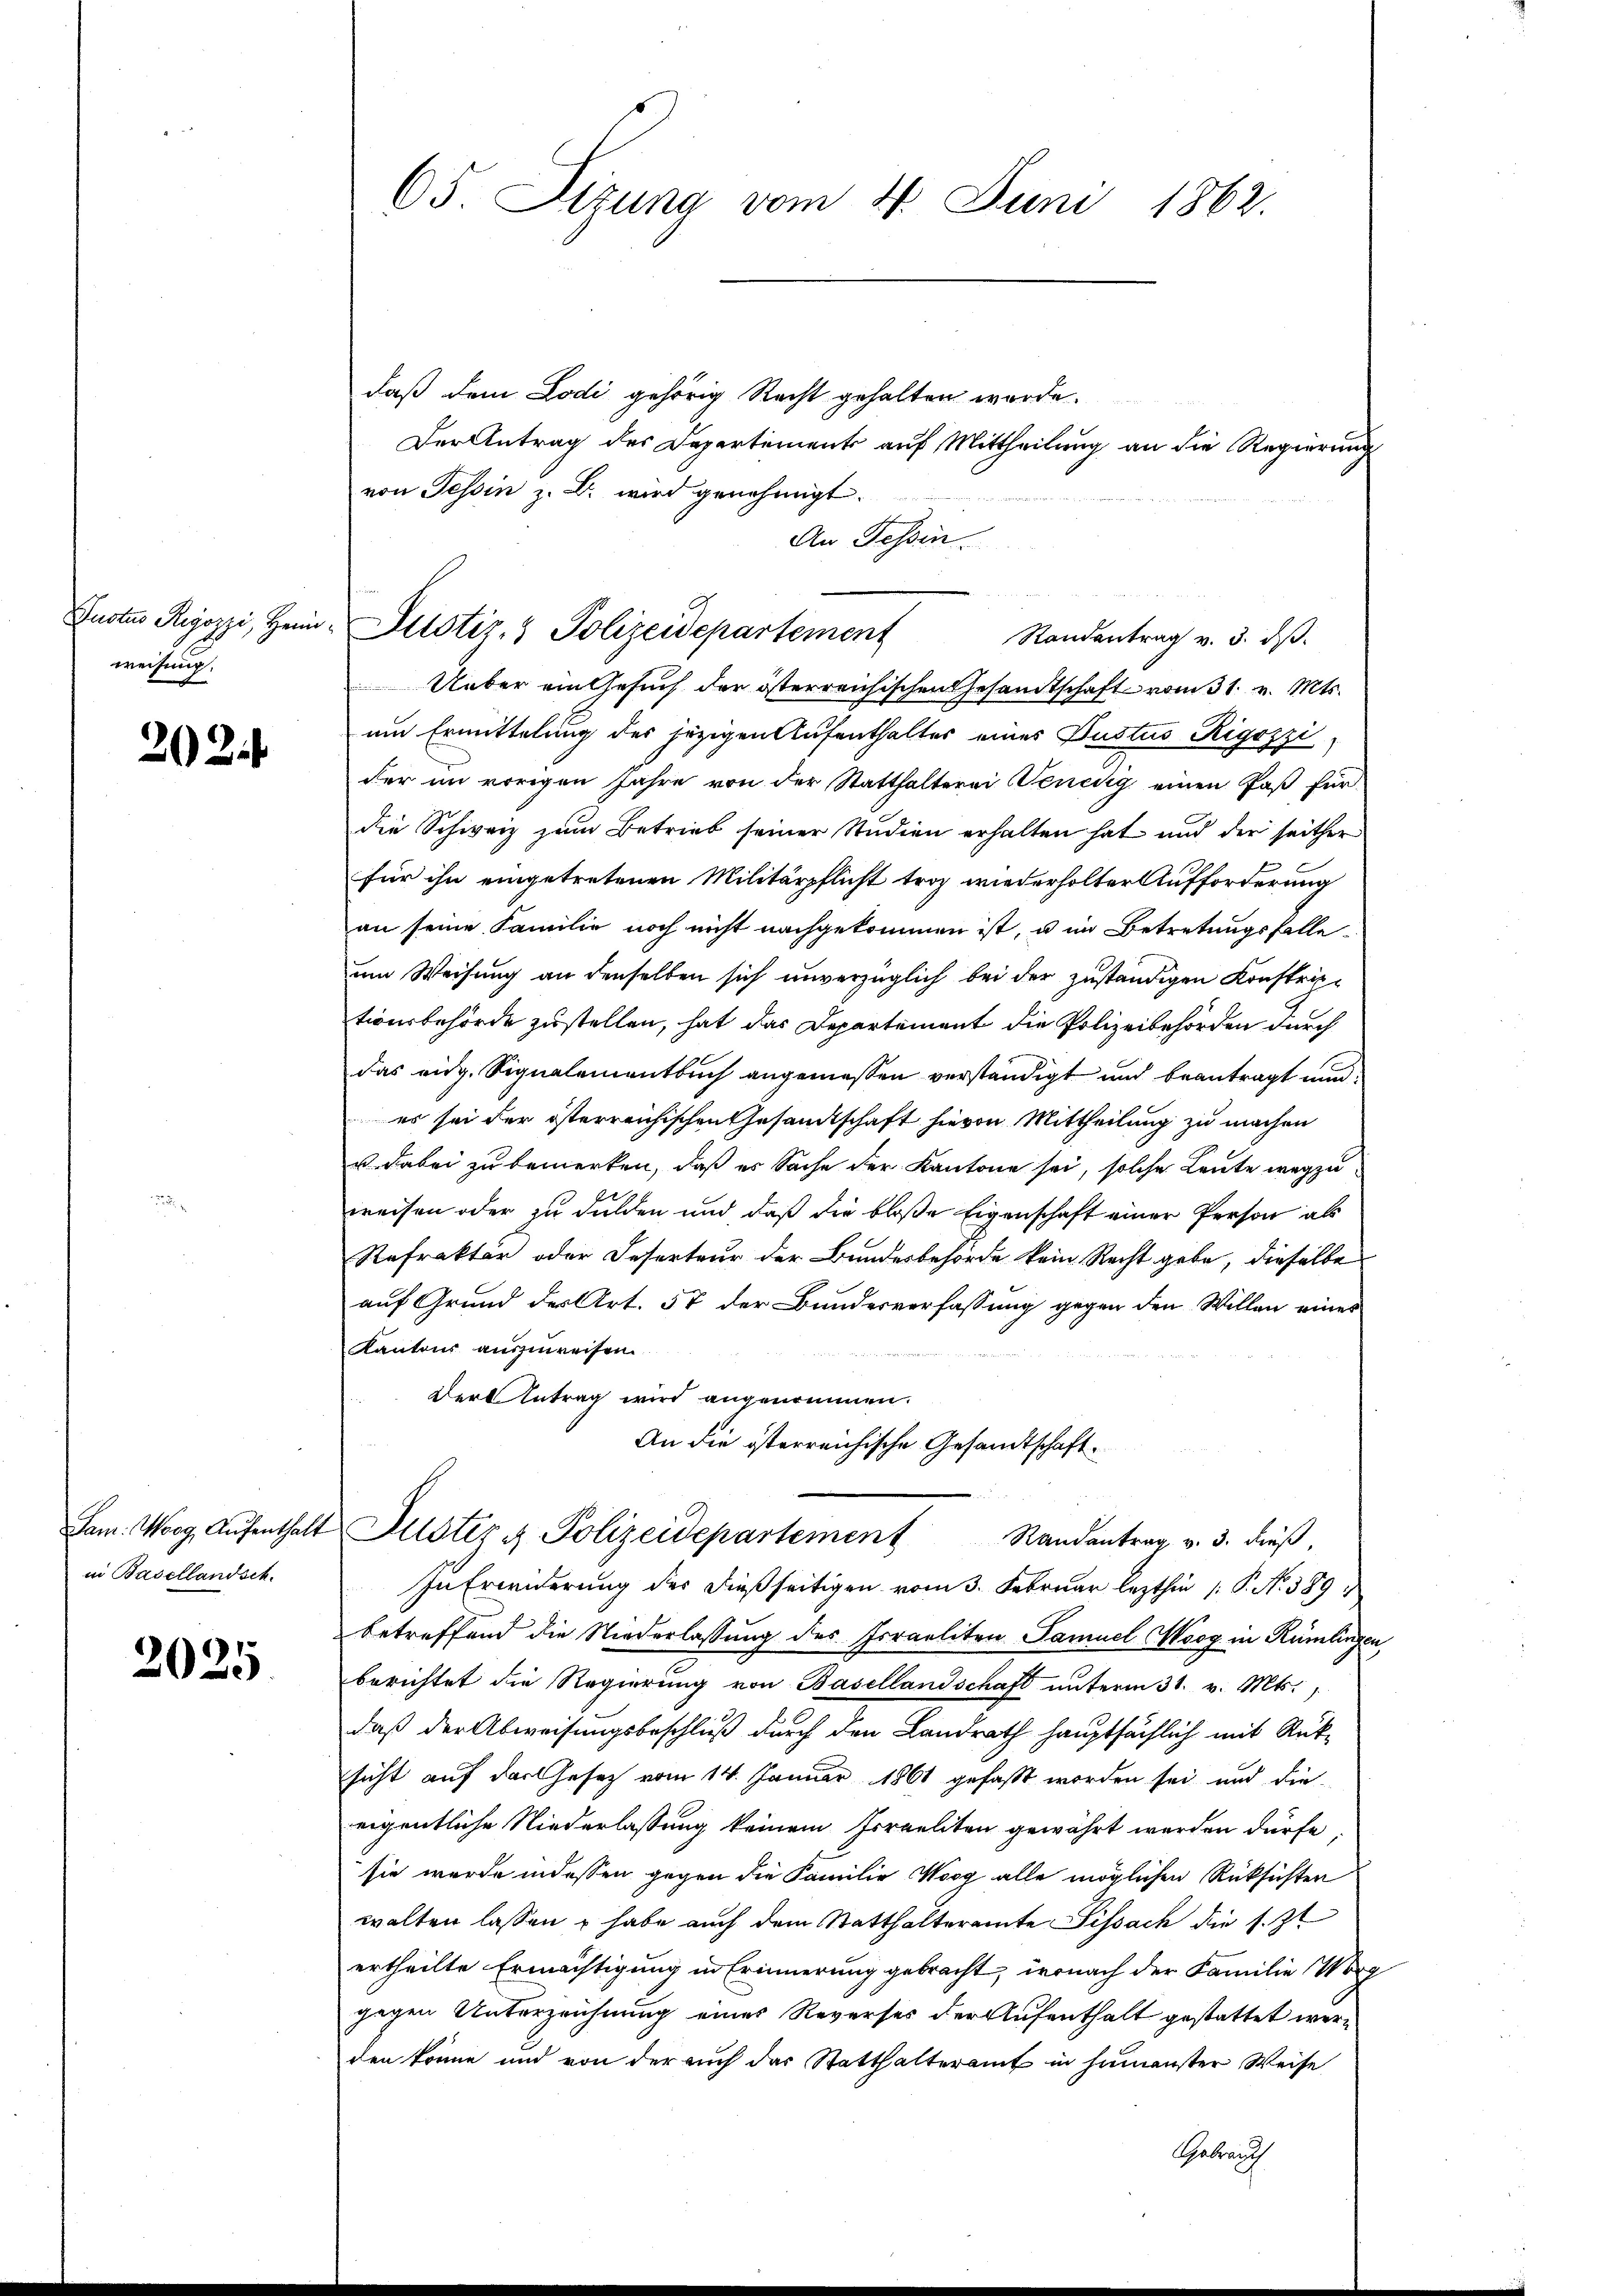
Suctus Regozzi, Heim
weisung,

202

Jam: Werg, Aufenthalt
in Basellandsch

2025

65. Sizung vom 4. Juni 1862.

daß dem Lodi gehörig Recht gehalten wurde.
Der Antrag des Departements auf Mittheilung an die Regierung
von Tessin z. B. wird genehmigt.
An Tessin.
Randentrag v. 3. dβ.
Ueber ein Gesuch der österreichischen Gesandtschaft vom 31. v. Mts.
um Ermittelung des jezigen Aufenthalter eines Justus Rigozzi
der im vorigen Jahre von der Statthalterei Venedig einen Paß für
die Schweiz zum Betrieb seiner Studien erhalten hat und der seither
für ihn eingetretenen Militärpflicht troz wiederholter Aufforderung
an seine Familie noch nicht nachgekommen ist, u im Betretungsfalle
um Weisung an denselben sich unverzüglich bei der zuständigen Konstriptionsbehörde zustellen, hat das Departement die Polizeibehörden durch
das eidg. Signalementbuch angemessen verständigt und beantragt und
es sei der österreichischen Gesandtschaft hievon Mittheilung zu machen
u dabei zu bemerken, daß es Sache der Kantone sei, solche Leute wegzuweisen oder zu dulden und daß die bloße Eigenschaft einer Person als
Refrakter oder Deserteur der Bundesbehörde kein Recht gebe, dieselbe
auf Grund der Art. 57 der Bundesverfassung gegen den Willen eines
Kantons auszuweisen
Der Antrag wird angenommen.
An die österreichische Gesandtschaft.
Jüster u. Polizeidepartement Randantrag v. 3. dieß.
In Erwiderung des dießseitigen vom 3. Februar lezthin 1 P. Nr. 389
betreffend die Niederlassung des Israeliten Samuel Woog in Rümlinge
berichtet die Regierŭng von Basellandschaft ŭnterm 31. v. Mts.
daß der Abweisungsbeschluß durch den Landrath hauptsächlich mit Rüksicht auf der Gesetz vom 14. Januar 1861 gefaßt worden sei und die
eigentliche Niederlassung keinem Irraeliten gewährt werden dürfe,
sie wurde indessen gegen die Familie Worg alle möglichen Rüksichten
walten lassen & habe auch dem Statthalteramte Sissach die s. Zt
ertheilte Ermächtigung in Erinnerung gebracht, wonach der Familie Morg
gegen Unterzeichnung eines Reverses der Aufenthalt gestattet werden könne und von der auch das Statthalteramt in Humenster Weise
Gebrauch

Justiz- & Polizeidepartement